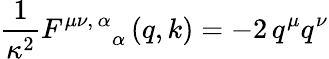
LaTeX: {\frac{1}{\kappa^{2}}}F_{\; \quad\; \; \alpha}^{\mu\nu,\, \alpha}\left(q,k\right)=-2\, q^{\mu}q^{\nu}